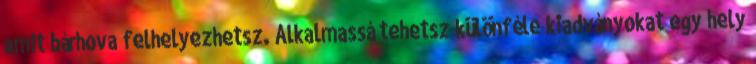
amit bárhova felhelyezhetsz. Alkalmassá tehetsz különféle kiadványokat egy hely